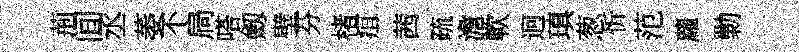
荊间丞萎不扃嗒劔壁芬楮疽茜疏澹軟迥瑱葱忻范蘿勦